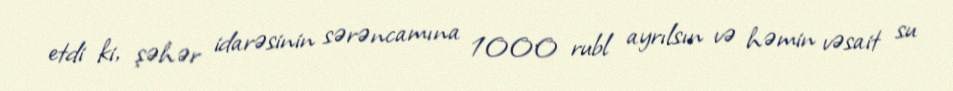
etdi ki, şəhər idarəsinin sərəncamına 1000 rubl ayrılsın və həmin vəsait su